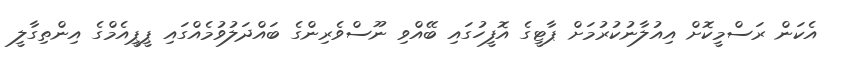
އެކަން ރަސްމީކޮށް އިއުލާނުކުރުމަށް ޕާޓީގެ އޮފީހުގައި ބޭއްވި ނޫސްވެރިންގެ ބައްދަލުވުމެއްގައި ޕީޕީއެމްގެ އިންތިގާލީ